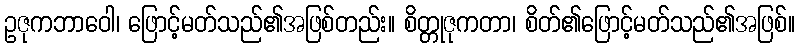
ဥဇုကဘာဝေါ၊ ဖြောင့်မတ်သည်၏အဖြစ်တည်း။ စိတ္တုဇုကတာ၊ စိတ်၏ဖြောင့်မတ်သည်၏အဖြစ်။